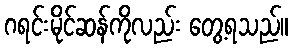
ဂရင်းမိုင်ဆန်ကိုလည်း တွေ့ရသည်။